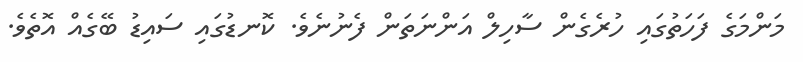
މަންމަގެ ފަހަތުގައި ހުރެގެން ސާހިލް އަންނަތަން ފެނުނެވެ. ކޮނޑުގައި ސައިޑު ބޭގެއް އޮތެވެ.